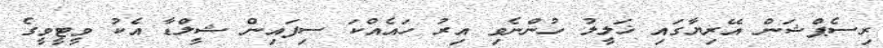
ރިސެޕްޝަން އޭރިޔާގައި ޚަލީލު ހުންނެވި އިރު ހައެއްކަ ސިފައިން ޝީލްޑާ އެކު ވީޓީވީގެ